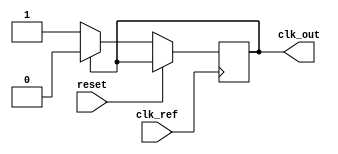
module pll_type1 (
    input wire clk_ref,         // Reference clock input
    input wire reset,          // Asynchronous reset
    output reg clk_out         // Output clock
);

    // Parameters for VCO and PLL
    parameter VCO_GAIN = 2;          // VCO gain for frequency adjustment
    parameter PHASE_DETECTOR_SENSITIVITY = 1; // Phase detector sensitivity
    parameter LPF_GAIN = 1;           // Low-pass filter gain
    parameter CLK_PERIOD = 20;        // Clock period for reference clock

    // Internal signals
    reg [31:0] vco_frequency;        // VCO frequency adjust value
    reg [31:0] phase_error;          // Phase error output from phase detector
    reg [31:0] filter_output;        // Output of low-pass filter
    reg [31:0] feedback;             // Feedback signal to phase detector

    // VCO operation: generates clock signal based on frequency control
    always @(posedge clk_ref or posedge reset) begin
        if (reset) begin
            vco_frequency <= 0;    // Reset VCO frequency
        end else begin
            vco_frequency <= feedback * VCO_GAIN; // Adjusting VCO frequency
            clk_out <= (clk_out == 0) ? 1 : 0;    // Toggle output clock
        end
    end

    // Phase Detector: generates phase error based on clock edges
    always @(posedge clk_ref) begin
        // Simple XOR phase detector for example
        phase_error <= (clk_out ^ clk_ref) ? PHASE_DETECTOR_SENSITIVITY : 0; // Error based on phase difference
    end

    // Low-Pass Filter: simple averaging filter for demo purposes
    always @(posedge clk_ref or posedge reset) begin
        if (reset) begin
            filter_output <= 0; // Reset filter output
        end else begin
            filter_output <= (filter_output * (LPF_GAIN - 1) + phase_error) / LPF_GAIN; // Simple filter averaging
            feedback <= filter_output; // Feedback for VCO control
        end
    end

endmodule